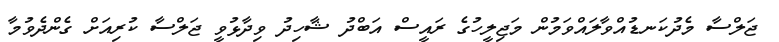
ޖަލްސާ މެދުކަނޑުއްވާލައްވަމުން މަޖިލީހުގެ ރައީސް އަބްދު ޝާހިދު ވިދާޅުވީ ޖަލްސާ ކުރިއަށް ގެންދެވުމާ